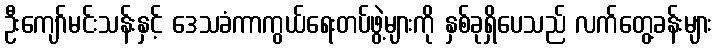
ဦးကျော်မင်းသန်းနှင့် ဒေသခံကာကွယ်ရေးတပ်ဖွဲ့များကို နှစ်ခုရှိပေသည် လက်တွေ့ခန်းများ